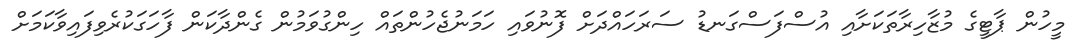
މީހުން ޕާޓީގެ މުޒާހިރާތަކަށާއި އުސްފަސްގަނޑު ސަރަހައްދަށް ފޮނުވައި ހަމަނުޖެހުންތައް ހިންގުވަމުން ގެންދާކަން ފާހަގަކުރެވިފައިވާކަމަށް